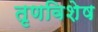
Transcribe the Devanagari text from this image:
तृणविशेष